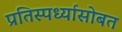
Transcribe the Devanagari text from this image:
प्रतिस्पर्ध्यासोबत